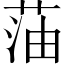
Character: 𫈜